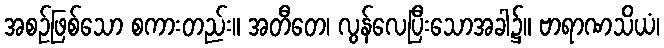
အစဉ်ဖြစ်သော စကားတည်း။ အတီတေ၊ လွန်လေပြီးသောအခါ၌။ ဗာရာဏသိယံ၊